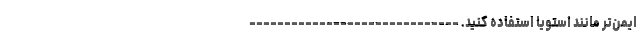
ایمن‌تر مانند استویا استفاده کنید. ------------------------------